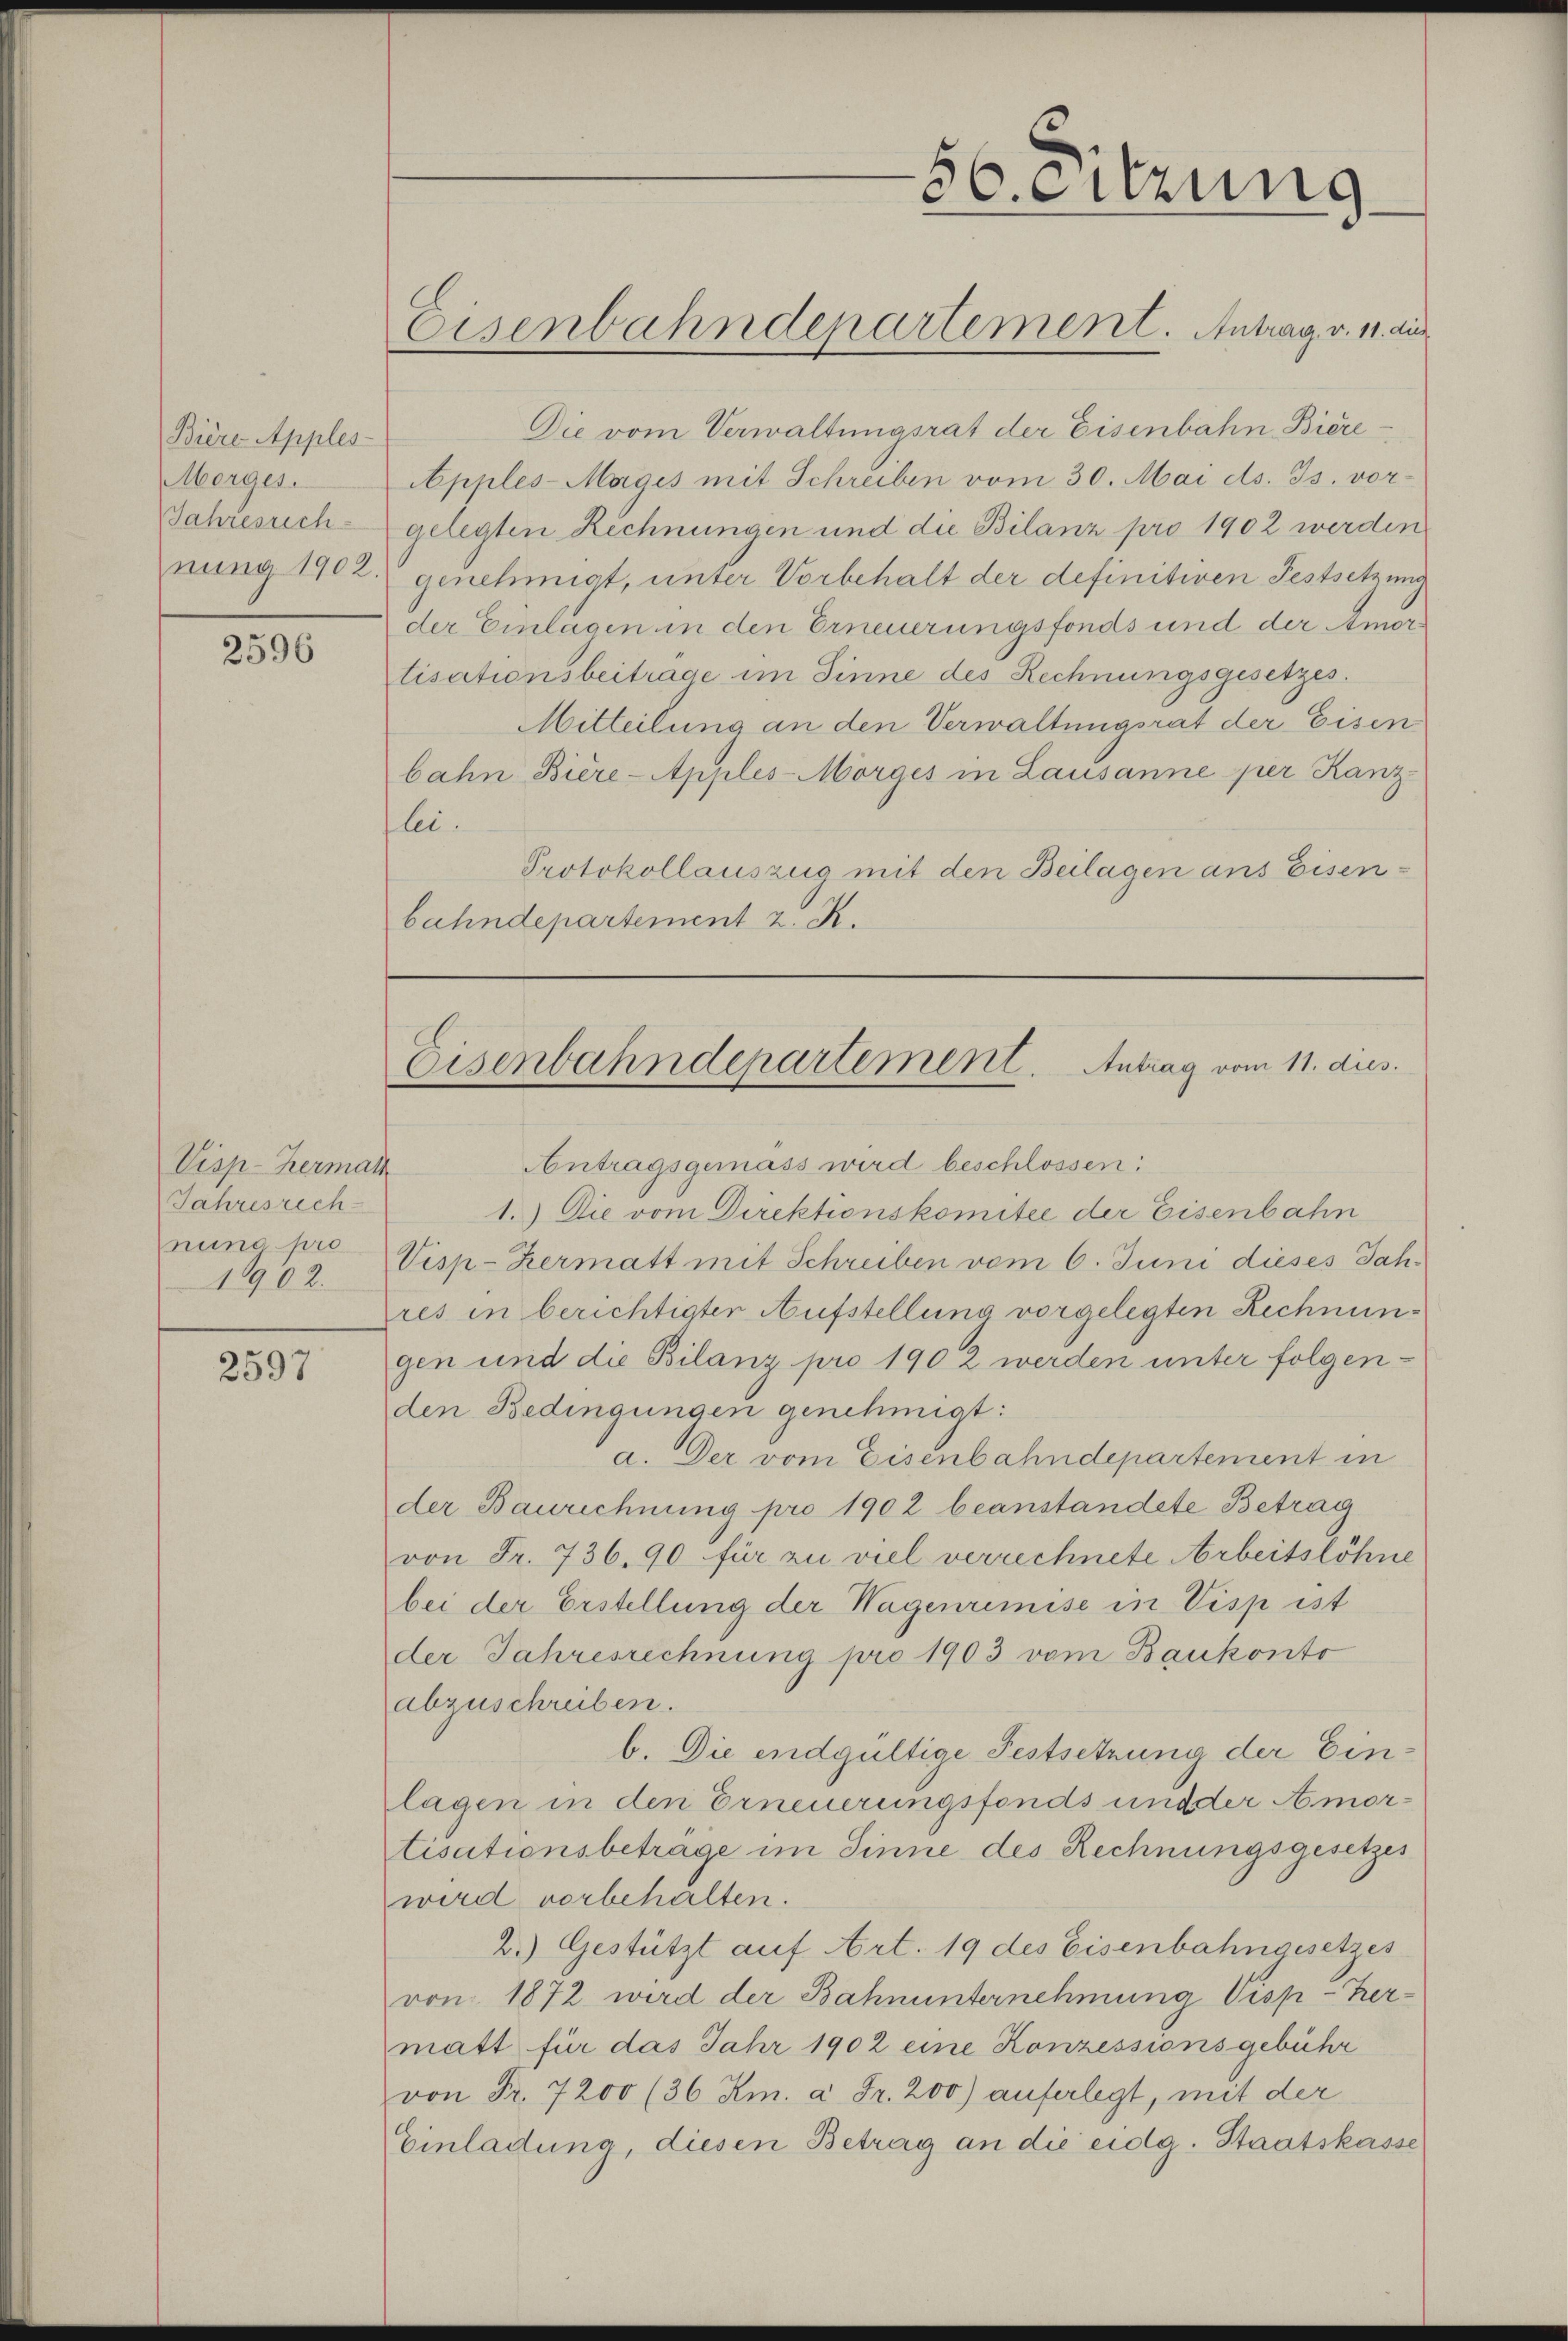
Biere Apples-
Morges.
Jahresrech
nung 1902.

2596

Viep-Herman
Jahresrech
nung pro
1902.

2597

Die vom Verwaltungsrat der Eisenbahn Biere¬
Apples-Magis mit Schreiben vom 30. Mai d. Js. vorgelegten Rechnungen und die Bilanz pro 1902 werden
genehmigt, unter Vorbehalt der definitiven Festsetzung
der Einlagen in den Erneuerungsfonds und der Amortisationsbeitrage im Sinne des Rechnungsgesetzes.
Mitteilung an den Verwaltungsrat der Eisen
bahn Biere-Apples-Morges in Lausanne per Kanz
lei.
Protokollauszug mit den Beilagen aus Eisen-
bahndepartement 2. R.

56. eitzung

Eisenbahndepartement. Antrag v. 11. dur

Antragsgemäss wird beschlossen:
1.) Die vom Direktionskomitee der Eisenbahn
Visp-Hermatt mit Schreiben vom 6. Juni dieses Jahres in berichtigter Aufstellung vorgelegten Rechnungen und die Bilanz pro 1902 werden unter folgenden Bedingungen genehmigt:
a. Der vom Eisenbahndepartement in
der Baurichnung pro 1902 beanstandete Betrag
von Fr. 736. 90 für zu viel verrechnete Arbeitslöhne
bei der Erstellung der Wagenrimise in Visp ist
der Jahresrechnung pro 1903 vom Baukonto
abzuschreiben.
b. Die endgültige Festsetzung der Einlagen in den Erneuerungsfonds und der Amortisationsbetrage im Sinne des Rechnungsgesetzes
wird vorbehalten.
2.) Gestützt auf Art. 19 des Eisenbahngesetzes
von 1872 wird der Bahnunternehmung Visp-Hermatt für das Jahr 1902 eine Konzessionsgebühr
von Fr. 7200 (36 Km. à Fr. 200) auferlegt, mit der
Einladung, diesen Betrag an die eidg. Staatskasse

Eisenbahndepartement. Antrag vom 11. dus.